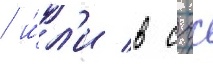
/ и́л'и в сгс